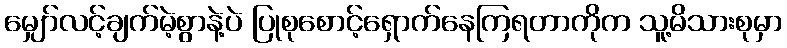
မျှော်လင့်ချက်မဲ့စွာနဲ့ပဲ ပြုစုစောင့်ရှောက်နေကြရတာကိုက သူ့မိသားစုမှာ